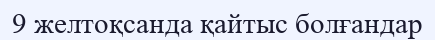
9 желтоқсанда қайтыс болғандар